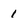
Character: 1